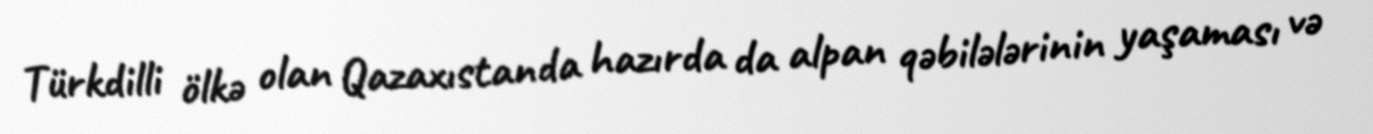
Türkdilli ölkə olan Qazaxıstanda hazırda da alpan qəbilələrinin yaşaması və